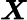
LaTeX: \boldsymbol{X}